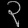
Digit: ၃